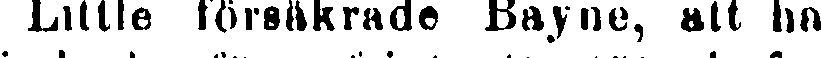
Little försäkrade Bayne, att ha